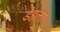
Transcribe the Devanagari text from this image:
डेहला